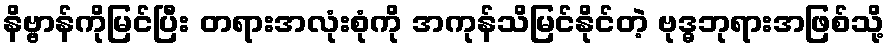
နိဗ္ဗာန်ကိုမြင်ပြီး တရားအလုံးစုံကို အကုန်သိမြင်နိုင်တဲ့ ဗုဒ္ဓဘုရားအဖြစ်သို့